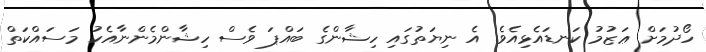
ހޯދުމަށް ޢަޒުމު ކަނޑައެޅިއެވެ. އެ ނިޔަތުގައި ހިޝާންގެ ބައްޕަ ވެސް ހިޝާންމެންނާއެކު މަސައްކަތް